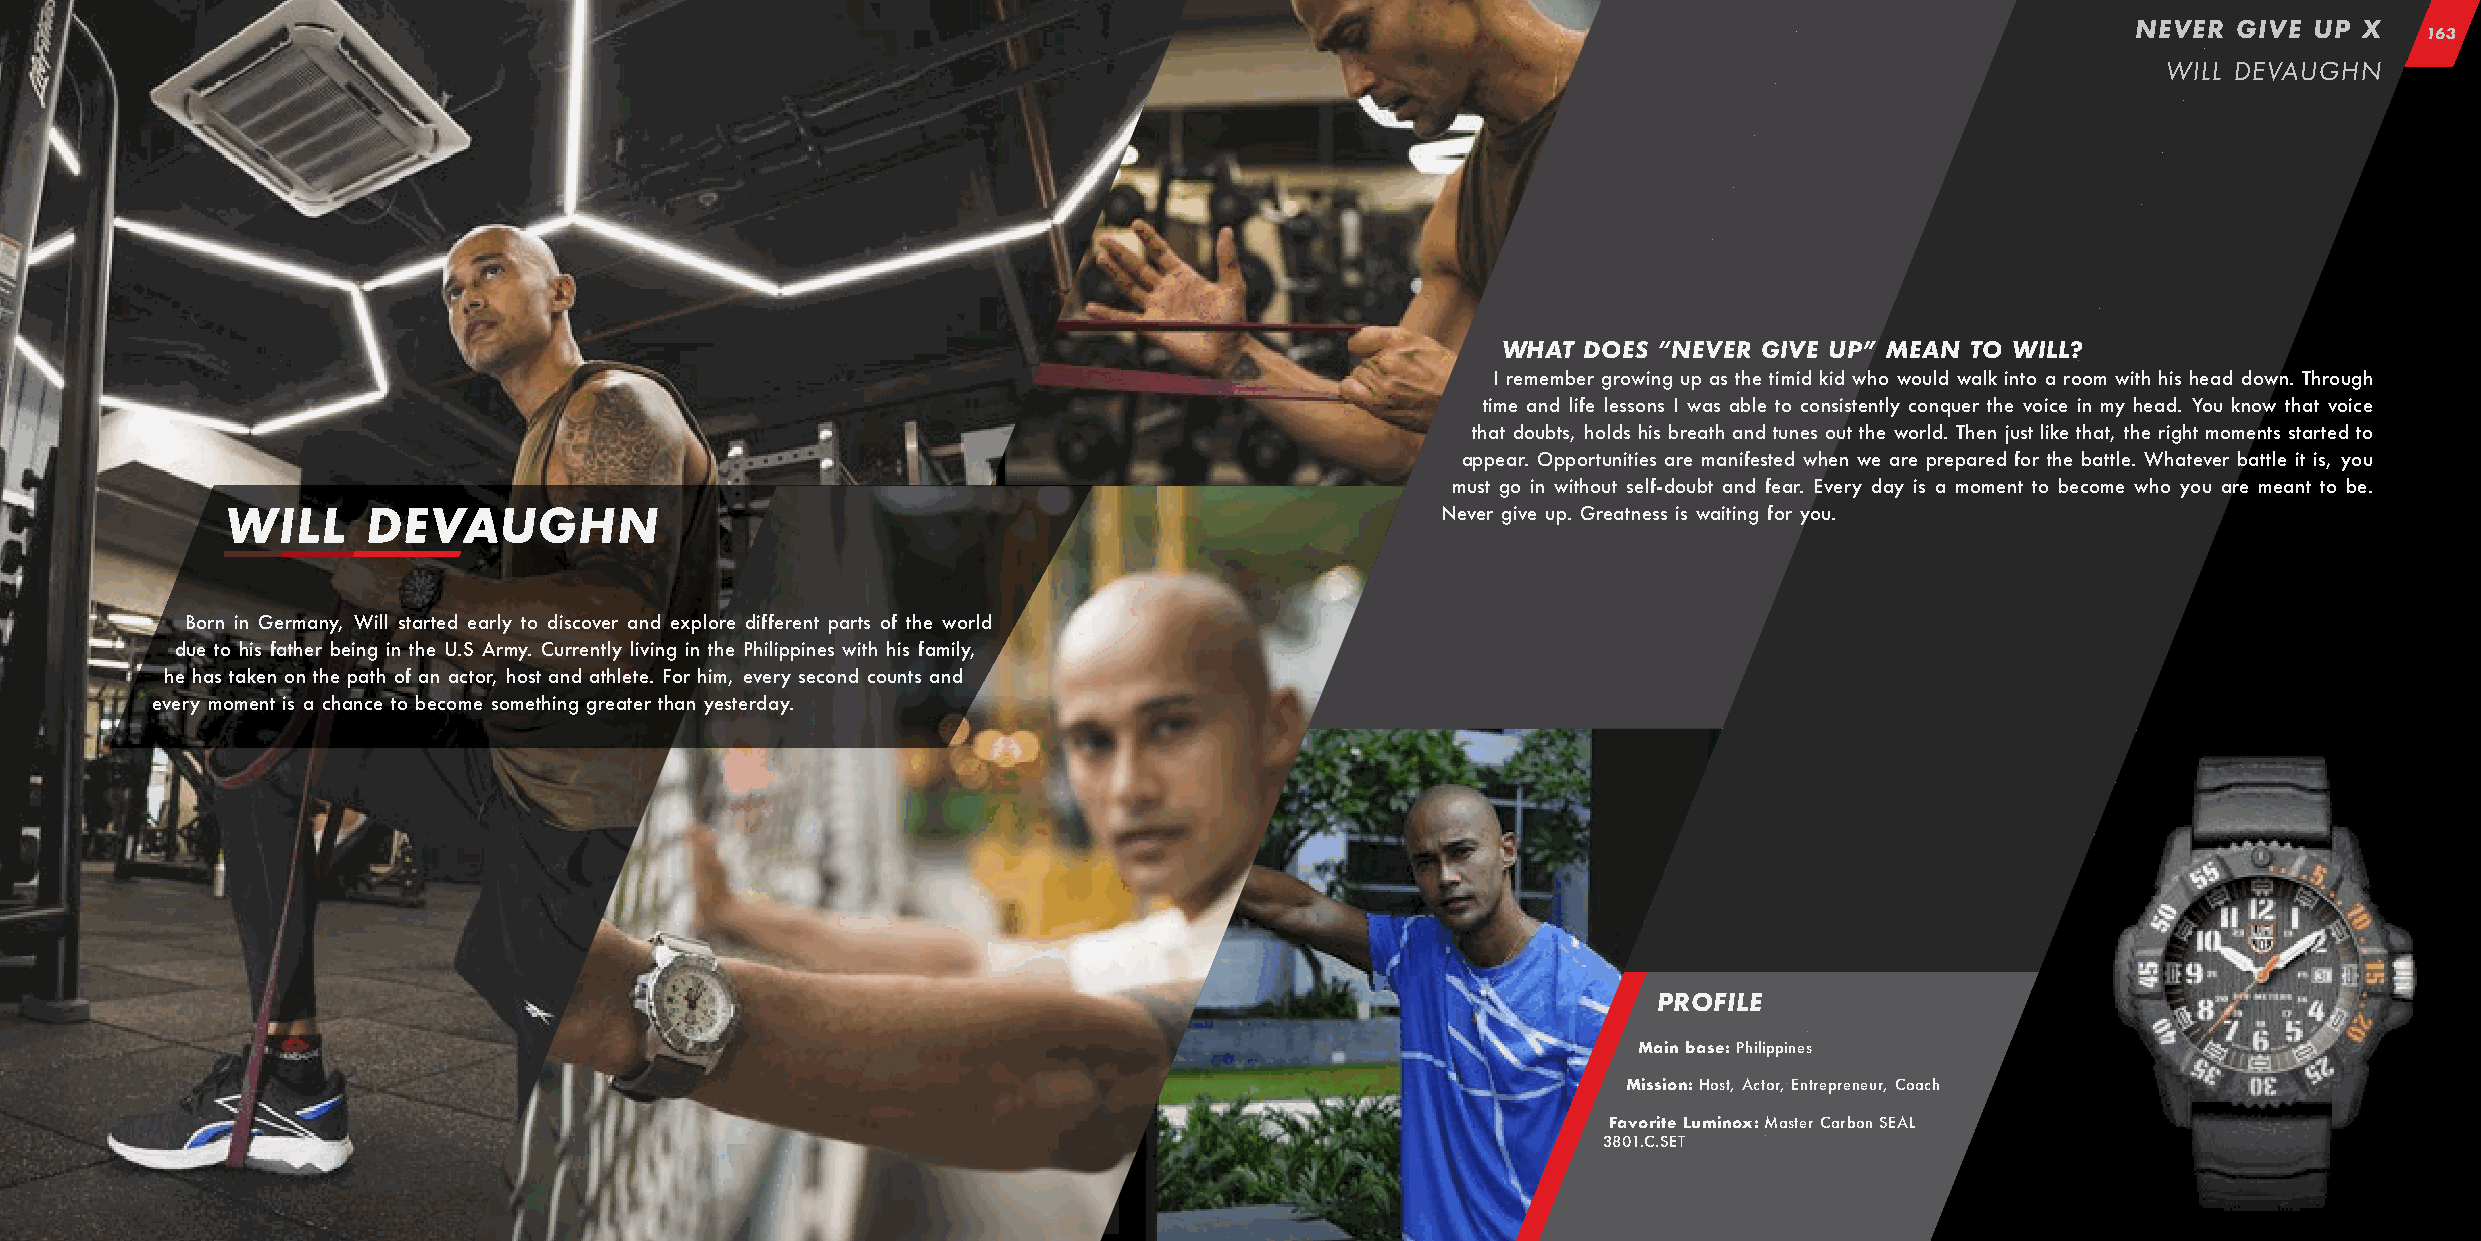
NEVER  GIVE UP X
 163
 WILL DEVAUGHN
 WHAT  DOES “NEVER GIVE UP” MEAN TO WILL?
 I remember growing up as the timid kid who would walk into a room with his head down. Through
 time and life lessons I was able to consistently conquer the voice in my head. You know that voice
 that doubts, holds his breath and tunes out the world. Then just like that, the right moments started to
 appear. Opportunities are manifested when we are prepared for the battle. Whatever battle it is, you
 must go in without self-doubt and fear. Every day is a moment to become who you are meant to be.
 WILL     DEVAUGHN                                                               Never give up. Greatness is waiting for you.
 Born in Germany, Will started early to discover and explore different parts of the world
 due to his father being in the U.S Army. Currently living in the Philippines with his family,
 he has taken on the path of an actor, host and athlete. For him, every second counts and
 every moment is a chance to become something greater than yesterday.
 PROFILE
 Main base: Philippines
 Mission: Host, Actor, Entrepreneur, Coach
 Favorite Luminox: Master Carbon SEAL
 3801.C.SET